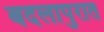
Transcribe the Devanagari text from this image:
बदलापुरात